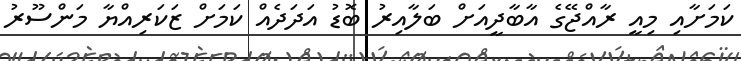
ކަމަށާއި މިއީ ރާއްޖޭގެ އާބާދީއަށް ބަލާއިރު ބޮޑު އަދަދެއް ކަމަށް ޒަކަރިއްޔާ މަންސޫރު